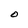
Character: O